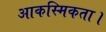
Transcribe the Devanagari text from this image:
आकस्मिकता।